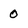
Character: 0